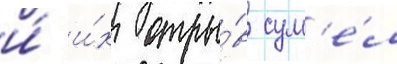
и́ и́х отры́в сум'е́л